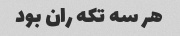
هر سه تکه ران بود